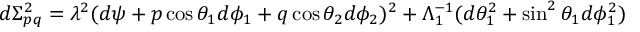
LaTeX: d \Sigma _ { p q } ^ { 2 } = \lambda ^ { 2 } ( d \psi + p \cos \theta _ { 1 } d \phi _ { 1 } + q \cos \theta _ { 2 } d \phi _ { 2 } ) ^ { 2 } + \Lambda _ { 1 } ^ { - 1 } ( d \theta _ { 1 } ^ { 2 } + \sin ^ { 2 } \theta _ { 1 } d \phi _ { 1 } ^ { 2 } )